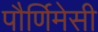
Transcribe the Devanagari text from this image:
पौर्णिमेसी